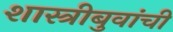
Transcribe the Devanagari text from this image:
शास्त्रीबुवांची